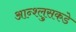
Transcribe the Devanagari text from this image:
आन्श्लुसकडे